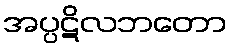
အပ္ပဋိလဘတော